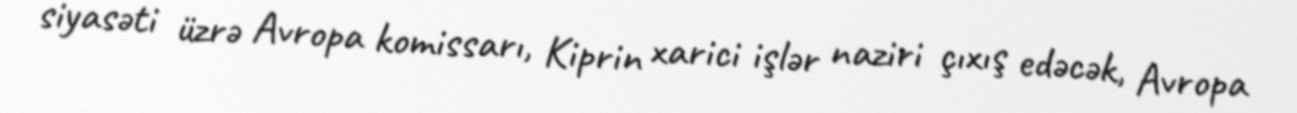
siyasəti üzrə Avropa komissarı, Kiprin xarici işlər naziri çıxış edəcək, Avropa